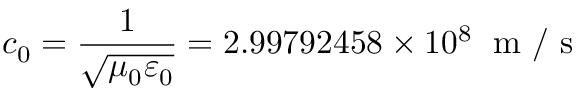
c _ { 0 } = { \frac { 1 } { \sqrt { \mu _ { 0 } \varepsilon _ { 0 } } } } = 2 . 9 9 7 9 2 4 5 8 \times 1 0 ^ { 8 } \; { \textrm { m / s } }